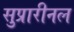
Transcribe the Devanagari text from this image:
सुप्रारीनल